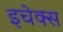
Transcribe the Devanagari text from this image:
इचेक्स